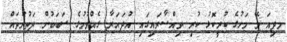
މދިއަ މޭ މަހުގެ ކުރީކޮޅު ކުރި ވިއްސާރައިގައި އުދައަރާ ގެއްވުމުގެ ސަބަބުން ދަތުރުތައް